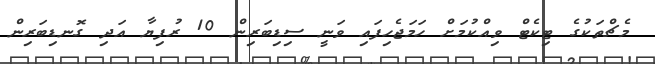
މެޗްތަކުގެ ޓިކެޓް ވިއްކުމަށް ހަމަޖެހިފައި ވަނީ ސިޑިބަރިން 10 ރުފިޔާ އަދި ގޮނޑިބަރިން